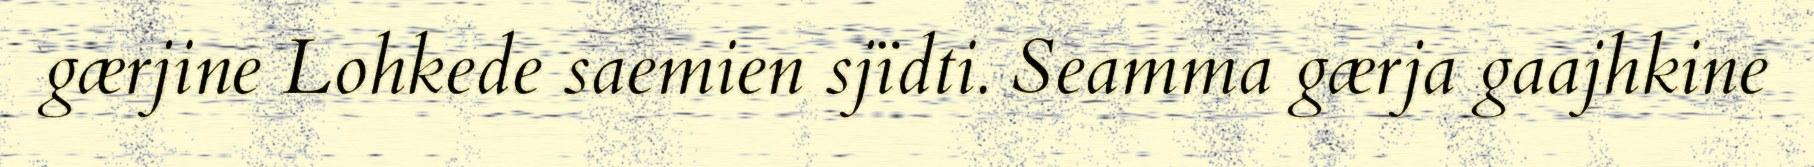
gærjine Lohkede saemien sjïdti. Seamma gærja gaajhkine